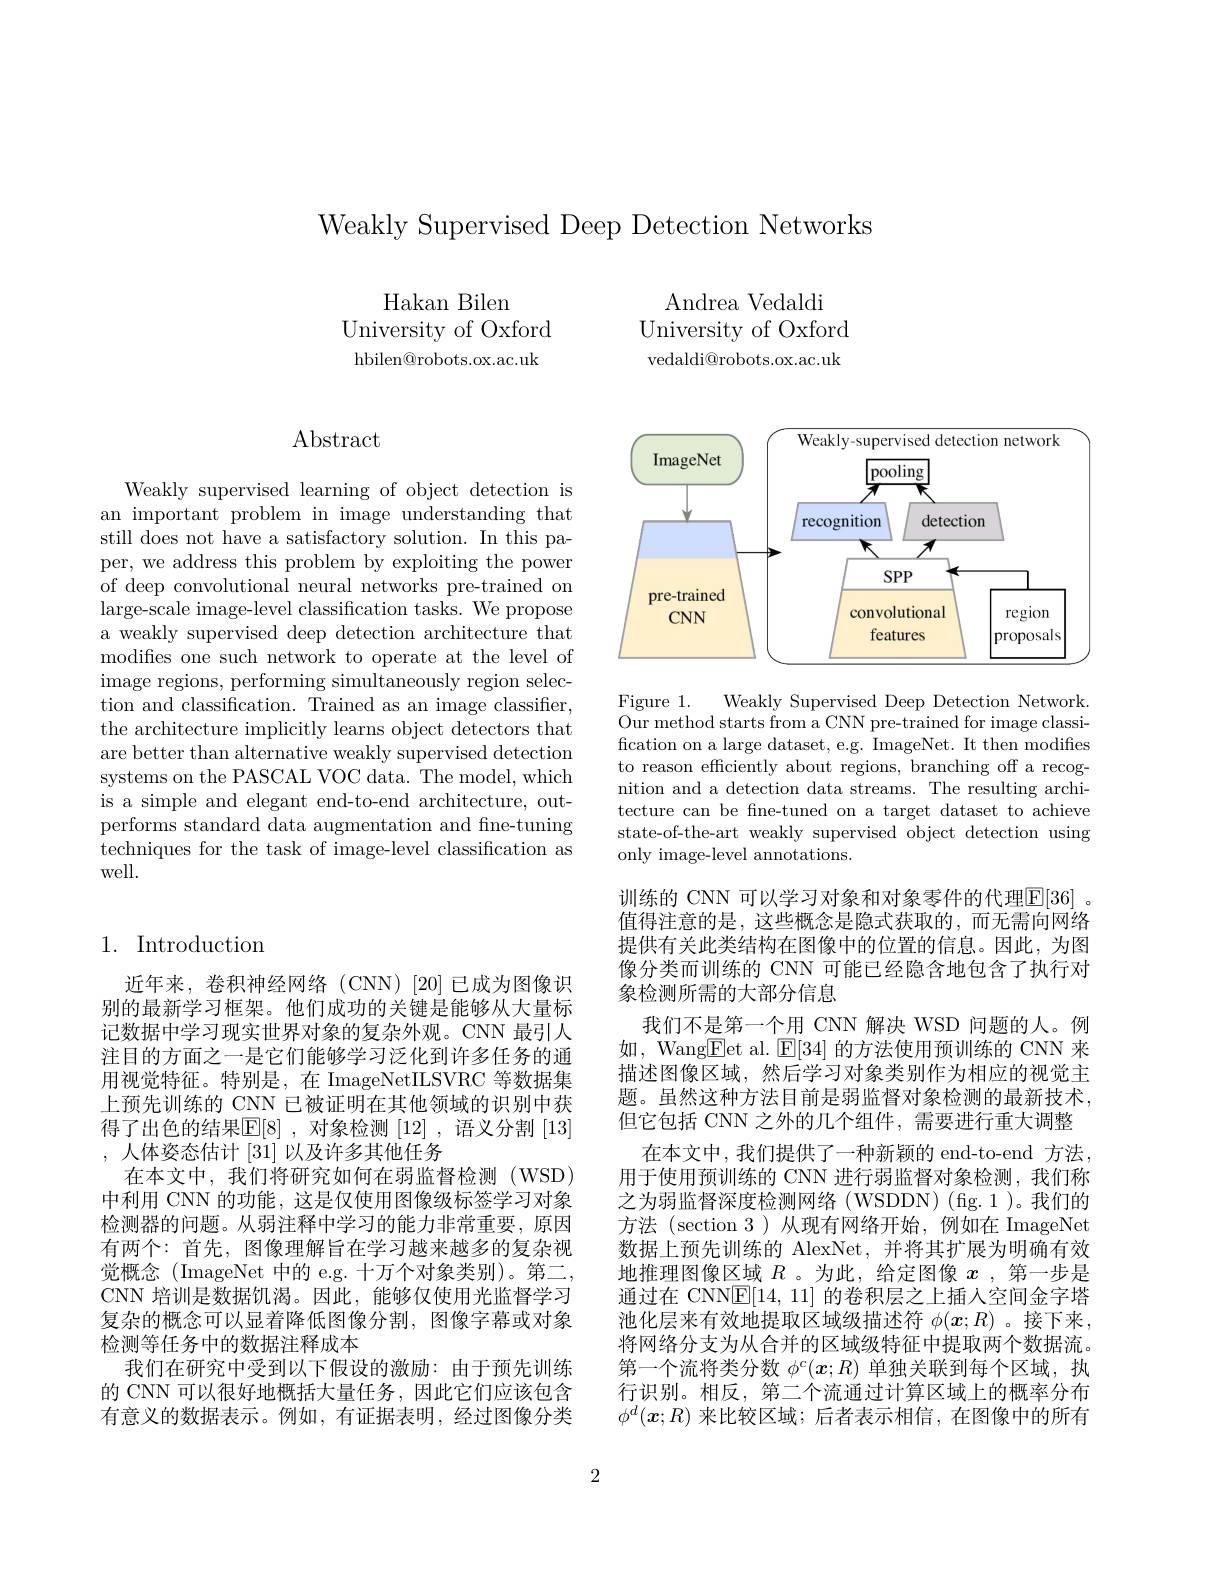
Weakly Supervised Deep Detection Networks

Hakan Bilen
University of Oxford hbilen@robots.ox.ac.uk

Andrea Vedaldi
University of Oxford vedaldi@robots.ox.ac.uk

# $\operatorname{Abstract}$

Weakly supervised learning of object detection is an important problem in image understanding that still does not have a satisfactory solution. In this paper, we address this problem by exploiting the power of deep convolutional neural networks pre-trained on large-scale image-level classification tasks. We propose a weakly supervised deep detection architecture that modifies one such network to operate at the level of image regions, performing simultaneously region selection and classification. Trained as an image classifier, the architecture implicitly learns object detectors that are better than alternative weakly supervised detection systems on the PASCAL VOC data. The model, which is a simple and elegant end-to-end architecture, outperforms standard data augmentation and fine-tuning techniques for the task of image-level classification as well.

## 1. Introduction

近年来，卷积神经网络(CNN)[20]已成为图像识别的最新学习框架。他们成功的关键是能够从大量标记数据中学习现实世界对象的复杂外观。CNN 最引人注目的方面之一是它们能够学习泛化到许多任务的通用视觉特征。特别是，在 ImageNetILSVRC 等数据集上预先训练的 CNN 已被证明在其他领域的识别中获得了出色的结果$\mathbb{E}[8]$ ,对象检测 [12] ,语义分割 [13] , 人体姿态估计[31]以及许多其他任务
在本文中，我们将研究如何在弱监督检测(WSD) 中利用 CNN 的功能，这是仅使用图像级标签学习对象检测器的问题。从弱注释中学习的能力非常重要，原因有两个：首先，图像理解旨在学习越来越多的复杂视觉概念(ImageNet 中的 e.g. 十万个对象类别)。第二， CNN 培训是数据饥渴。因此，能够仅使用光监督学习复杂的概念可以显着降低图像分割，图像字幕或对象检测等任务中的数据注释成本
我们在研究中受到以下假设的激励：由于预先训练的 CNN 可以很好地概括大量任务，因此它们应该包含有意义的数据表示。例如，有证据表明，经过图像分类

<FigureHere>

Figure 1.
Weakly Supervised Deep Detection Network.
Our method starts from a CNN pre-trained for image classification on a large dataset, e.g. ImageNet. It then modifies to reason efficiently about regions, branching off a recognition and a detection data streams. The resulting architecture can be fne-tuned on a target dataset to achieve state-of-the-art weakly supervised object detection using only image-level annotations.

训练的 CNN 可以学习对象和对象零件的代理$\overline{\mathbb{E}}[36]$ 。值得注意的是，这些概念是隐式获取的，而无需向网络提供有关此类结构在图像中的位置的信息。因此，为图像分类而训练的 CNN 可能已经隐含地包含了执行对象检测所需的大部分信息
我们不是第一个用 CNN 解决 WSD 问题的人。例如，Wang$\boxed{\mathrm{Fet~al.~}}$E[34]的方法使用预训练的 CNN 来描述图像区域，然后学习对象类别作为相应的视觉主题。虽然这种方法目前是弱监督对象检测的最新技术， 但它包括 CNN 之外的几个组件，需要进行重大调整
在本文中，我们提供了一种新颖的 end-to-end 方法， 用于使用预训练的 CNN 进行弱监督对象检测，我们称之为弱监督深度检测网络(WSDDN)(fg.1)。我们的方法 (section 3)从现有网络开始，例如在 ImageNet 数据上预先训练的 AlexNet,并将其扩展为明确有效地推理图像区域$R$ 。为此，给定图像$x$ ,第一步是通过在 CNNE[14,11]的卷积层之上插人空间金字塔池化层来有效地提取区域级描述符$\phi(x;R)$ 。接下来， 将网络分支为从合并的区域级特征中提取两个数据流。第一个流将类分数$\phi^c(\boldsymbol{x};R)$单独关联到每个区域，执行识别。相反，第二个流通过计算区域上的概率分布$\phi^d(\boldsymbol{x};R)$来比较区域；后者表示相信，在图像中的所有

2